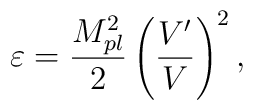
\varepsilon =\frac{M_{pl}^{2}}{2}\left( \frac{V^{\prime }}{V}\right) ^{2},